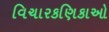
વિચારકણિકાઓ